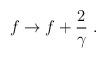
LaTeX: \begin{align*}f\rightarrow f+\frac{2}{\gamma}~.\end{align*}